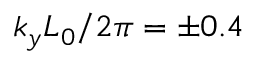
k _ { y } L _ { 0 } / 2 \pi = \pm 0 . 4